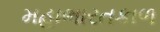
મહાભારતકાળ